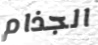
الجذام